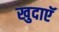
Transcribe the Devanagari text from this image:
खुदाएॅ